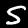
Label: 5